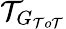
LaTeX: \mathcal{T}_{G_{\mathcal{T}o\mathcal{T}}}